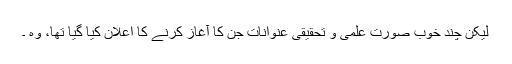
لیکن چند خوب صورت علمی و تحقیقی عنوانات جن کا آغاز کرنے کا اعلان کیا گیا تھا، وہ ۔